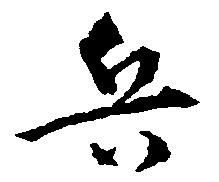
兵